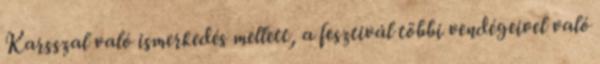
Karsszal való ismerkedés mellett, a fesztivál többi vendégeivel való